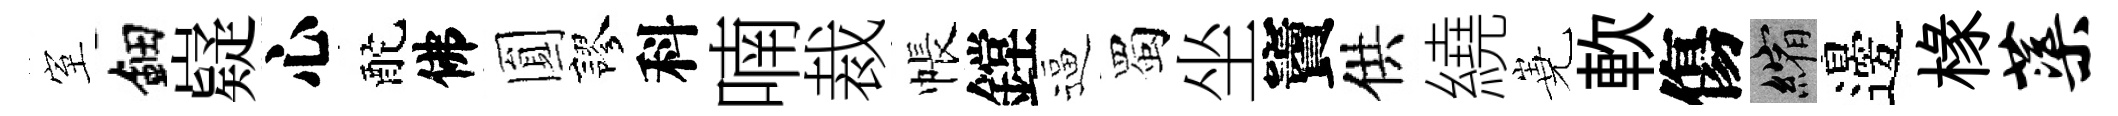
室鈿嶷心酡佛圎謬科喃裁帳鏜逼蜀坐竇供繞嶤軟傷縮邊椽蕖